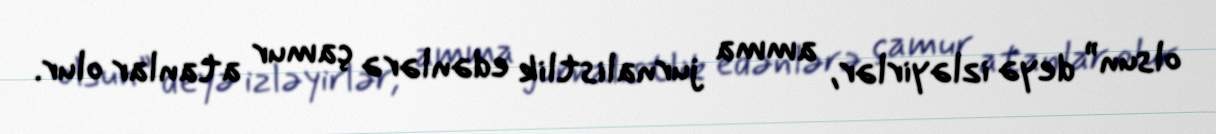
olsun” deyə izləyirlər, amma jurnalistlik edənlərə çamur atanlar olur.